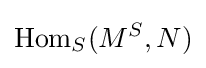
{\text{Hom}}_{S}(M^{S},N)